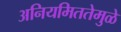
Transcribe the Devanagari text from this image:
अनियमिततेमुळे